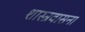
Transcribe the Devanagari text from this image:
शास्त्रवासना